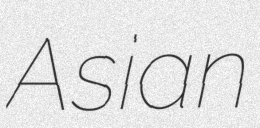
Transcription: Asian